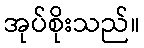
အုပ်စိုးသည်။